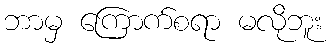
ဘာမှ ကြောက်စရာ မလိုဘူး